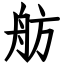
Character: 舫